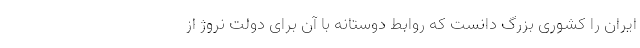
ایران را کشوری بزرگ دانست که روابط دوستانه با آن برای دولت نروژ از